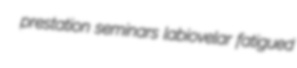
prestation seminars labiovelar fatigued